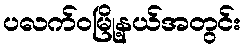
ပလက်ဝမြို့နယ်အတွင်း